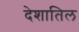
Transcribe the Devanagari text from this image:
देशातिल